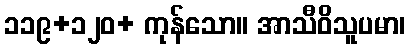
၁၁၉+၁၂၀+ ကုန်သော။ အာသီဝိသူပမာ၊